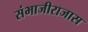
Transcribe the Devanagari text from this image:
संभाजीराजास